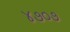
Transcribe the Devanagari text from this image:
४७०७